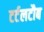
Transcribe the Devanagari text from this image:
टर्टलटौब